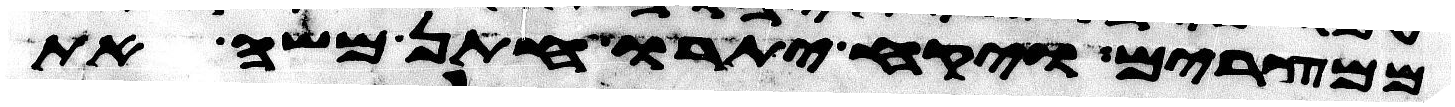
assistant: ממצרים ויקח יתרו חתן משה את